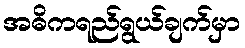
အဓိကရည်ရွယ်ချက်မှာ